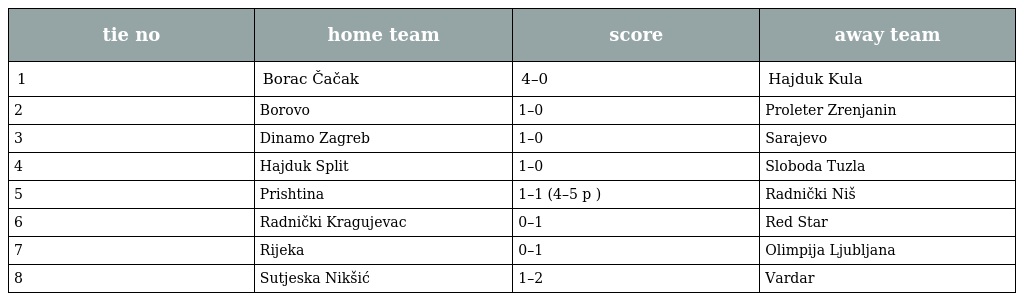
| tie no | home team | score | away team |
 | --- | --- | --- | --- |
 | 1 | Borac Čačak | 4–0 | Hajduk Kula |
 | 2 | Borovo | 1–0 | Proleter Zrenjanin |
 | 3 | Dinamo Zagreb | 1–0 | Sarajevo |
 | 4 | Hajduk Split | 1–0 | Sloboda Tuzla |
 | 5 | Prishtina | 1–1 (4–5 p ) | Radnički Niš |
 | 6 | Radnički Kragujevac | 0–1 | Red Star |
 | 7 | Rijeka | 0–1 | Olimpija Ljubljana |
 | 8 | Sutjeska Nikšić | 1–2 | Vardar |